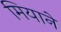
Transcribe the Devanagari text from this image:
मियाने